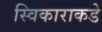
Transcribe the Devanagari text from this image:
स्विकाराकडे